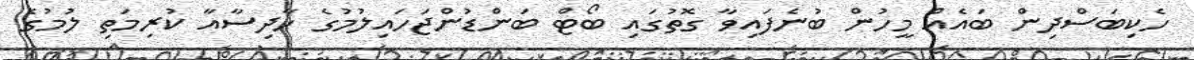
ހެކިބަސްދިން ބައެއް މީހުން ބުނެފައިވާ ގޮތުގައި ބޯޓް ބަންޑުންޖަހައިލުމުގެ ހާދިސާއާ ކުރިމަތި ލުމުގެ